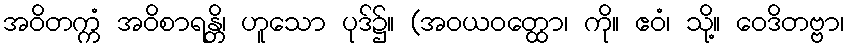
အဝိတက္ကံ အဝိစာရန္တိ၊ ဟူသော ပုဒ်၌။ (အဝယဝတ္ထော၊ ကို။ ဧဝံ၊ သို့။ ဝေဒိတဗ္ဗာ၊